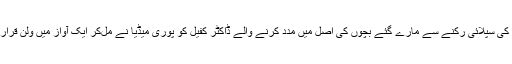
آکسیجن کی سپلائی رکنے سے مارے گئے بچّوں کی اصل میں مدد کرنے والے ڈاکٹر کفیل کو پوری میڈیا نے مل‌کر ایک آواز میں ولن قرار دیا تھا۔